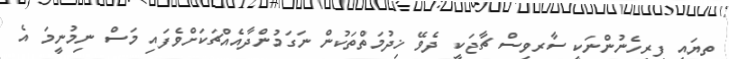
ތިޔައީ ފިރިހެނުންނަކީ ސާރވިސް ޗާޖަކީ ދެވޭ ޚިދުމަތްތަކުން ނަގަމުންދާއެއްޗަކަށްވެފައި މަަސް ނިމުނީމަ އެ